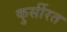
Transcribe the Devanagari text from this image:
कुर्सीरत